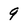
Character: 9